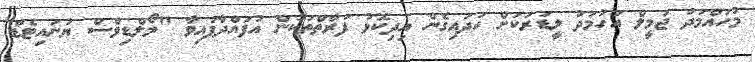
މުހައްމަދު ޖަމީލް އަހުމަދު ލީޑަރަކަށް ހަދައިގެން އިދިކޮޅު ފަރާތްތަކުން އުފައްދާފައިވާ "މޯލްޑިވްސް ޔުނައިޓެޑް